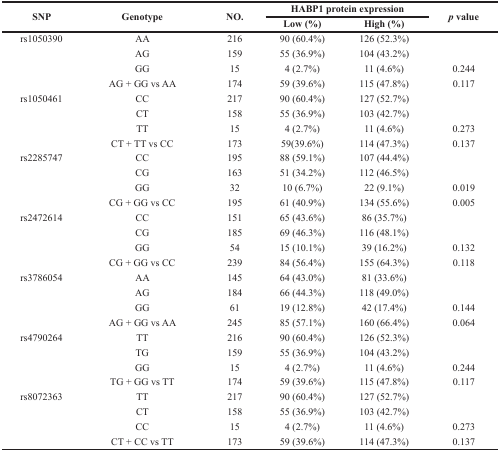
<table><thead><tr><td rowspan="2"><b>SNP</b></td><td rowspan="2"><b>Genotype</b></td><td rowspan="2"><b>NO.</b></td><td colspan="2"><b>HABP1 protein expression</b></td><td rowspan="2"><b><i>p</i> value</b></td></tr><tr><td><b>Low (%)</b></td><td><b>High (%)</b></td></tr></thead><tbody><tr><td>rs1050390</td><td>AA</td><td>216</td><td>90 (60.4%)</td><td>126 (52.3%)</td><td></td></tr><tr><td></td><td>AG</td><td>159</td><td>55 (36.9%)</td><td>104 (43.2%)</td><td></td></tr><tr><td></td><td>GG</td><td>15</td><td>4 (2.7%)</td><td>11 (4.6%)</td><td>0.244</td></tr><tr><td></td><td>AG + GG vs AA</td><td>174</td><td>59 (39.6%)</td><td>115 (47.8%)</td><td>0.117</td></tr><tr><td>rs1050461</td><td>CC</td><td>217</td><td>90 (60.4%)</td><td>127 (52.7%)</td><td></td></tr><tr><td></td><td>CT</td><td>158</td><td>55 (36.9%)</td><td>103 (42.7%)</td><td></td></tr><tr><td></td><td>TT</td><td>15</td><td>4 (2.7%)</td><td>11 (4.6%)</td><td>0.273</td></tr><tr><td></td><td>CT + TT vs CC</td><td>173</td><td>59(39.6%)</td><td>114 (47.3%)</td><td>0.137</td></tr><tr><td>rs2285747</td><td>CC</td><td>195</td><td>88 (59.1%)</td><td>107 (44.4%)</td><td></td></tr><tr><td></td><td>CG</td><td>163</td><td>51 (34.2%)</td><td>112 (46.5%)</td><td></td></tr><tr><td></td><td>GG</td><td>32</td><td>10 (6.7%)</td><td>22 (9.1%)</td><td>0.019</td></tr><tr><td></td><td>CG + GG vs CC</td><td>195</td><td>61 (40.9%)</td><td>134 (55.6%)</td><td>0.005</td></tr><tr><td>rs2472614</td><td>CC</td><td>151</td><td>65 (43.6%)</td><td>86 (35.7%)</td><td></td></tr><tr><td></td><td>CG</td><td>185</td><td>69 (46.3%)</td><td>116 (48.1%)</td><td></td></tr><tr><td></td><td>GG</td><td>54</td><td>15 (10.1%)</td><td>39 (16.2%)</td><td>0.132</td></tr><tr><td></td><td>CG + GG vs CC</td><td>239</td><td>84 (56.4%)</td><td>155 (64.3%)</td><td>0.118</td></tr><tr><td>rs3786054</td><td>AA</td><td>145</td><td>64 (43.0%)</td><td>81 (33.6%)</td><td></td></tr><tr><td></td><td>AG</td><td>184</td><td>66 (44.3%)</td><td>118 (49.0%)</td><td></td></tr><tr><td></td><td>GG</td><td>61</td><td>19 (12.8%)</td><td>42 (17.4%)</td><td>0.144</td></tr><tr><td></td><td>AG + GG vs AA</td><td>245</td><td>85 (57.1%)</td><td>160 (66.4%)</td><td>0.064</td></tr><tr><td>rs4790264</td><td>TT</td><td>216</td><td>90 (60.4%)</td><td>126 (52.3%)</td><td></td></tr><tr><td></td><td>TG</td><td>159</td><td>55 (36.9%)</td><td>104 (43.2%)</td><td></td></tr><tr><td></td><td>GG</td><td>15</td><td>4 (2.7%)</td><td>11 (4.6%)</td><td>0.244</td></tr><tr><td></td><td>TG + GG vs TT</td><td>174</td><td>59 (39.6%)</td><td>115 (47.8%)</td><td>0.117</td></tr><tr><td>rs8072363</td><td>TT</td><td>217</td><td>90 (60.4%)</td><td>127 (52.7%)</td><td></td></tr><tr><td></td><td>CT</td><td>158</td><td>55 (36.9%)</td><td>103 (42.7%)</td><td></td></tr><tr><td></td><td>CC</td><td>15</td><td>4 (2.7%)</td><td>11 (4.6%)</td><td>0.273</td></tr><tr><td></td><td>CT + CC vs TT</td><td>173</td><td>59 (39.6%)</td><td>114 (47.3%)</td><td>0.137</td></tr></tbody></table>